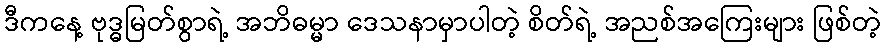
ဒီကနေ့ ဗုဒ္ဓမြတ်စွာရဲ့ အဘိဓမ္မာ ဒေသနာမှာပါတဲ့ စိတ်ရဲ့ အညစ်အကြေးများ ဖြစ်တဲ့